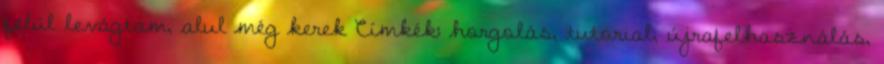
felül levágtam, alul még kerek Címkék: horgolás, tutorial, újrafelhasználás,